Report on vaccination in Madras 1895-1903 - 1895-1903
Year: 1895
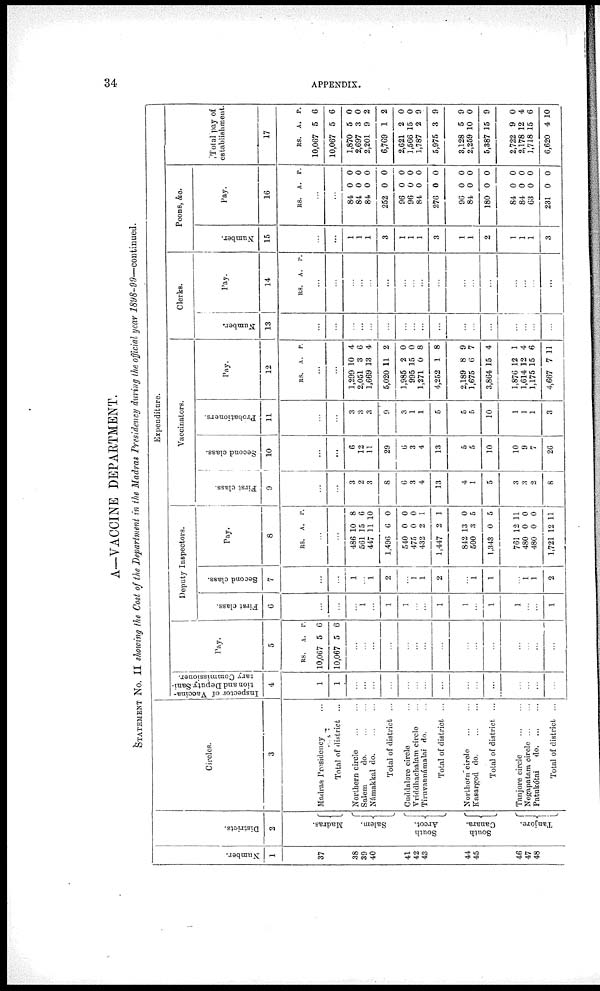
34
APPENDIX.
A—VACCINE DEPARTMENT.
STATEMENT No. II showing the Cost of the Department in the Madras Presidency during the official year 1898-99—continued.
Number.
1
37
38
39
40
41
42
43
44
45
46
47
48
Districts.
2
Madras.
Salem.
South
Arcot.
South
Canara.
Tanjore.
Circles.
3
Madras Presidency ...
Total of district ...
Northern circle
...
...
Salem
do.
...
...
Námakkal
do. ... ...
Total of district ...
Cuddalore circle ...
Widdhachalam circle ...
Tiruvaunámalai do. ...
Total of district ...
Northern circle ... ...
Kasargod do.
...
...
Total of district ...
Tanjore circle
...
...
Negapatam circle ... ...
Patukótai
do. ... ...
Total of district ...
Expenditure.
Inspector of Vaccina-
tion and Deputy Sani-
tary Commissioner.
4
1
1
...
...
...
...
...
...
...
...
...
...
...
...
...
...
...
Pay.
5
RS.
10,067
10,067
A.
5
5
P.
6
6
...
...
...
...
...
...
...
...
...
...
...
...
...
...
...
Deputy Inspectors.
First class.
6
...
...
...
1
...
1
1
...
...
1
1
...
1
1
...
...
1
Second class.
7
...
...
1
...
1
2
...
1
1
2
...
1
1
...
1
1
2
Pay.
8
RS. A. P.
...
...
486
561
447
1,496
540
475
432
1,447
842
500
1,343
761
480
480
1,721
10
15
11
6
0
0
2
2
13
8
0
12
0
0
12
8
6
10
0
0
0
1
1
0
5
5
11
0
0
11
Vaccinators.
First class.
9
...
...
3
2
3
8
6
3
4
13
4
1
5
3
3
2
8
Second class.
10
...
...
6
12
11
29
6
3
4
13
5
5
10
10
9
7
26
Probationers.
11
...
...
3
3
3
9
3
1
1
5
5
5
10
1
1
1
3
Pay.
12
RS. A. P.
...
...
1,299
2,051
1,669
5,020
1,985
995
1,271
4,252
2,189
1,675
3,864
1,876
1,614
1,175
4,667
10
3
13
11
2
15
0
1
8
6
15
12
12
15
7
4
6
4
2
0
0
8
8
9
7
4
1
4
6
11
Clerks.
Number.
13
...
...
...
...
...
...
...
...
...
...
...
...
...
...
...
...
...
Pay.
14
RS. A. P.
...
...
...
...
...
...
...
...
...
...
...
...
...
...
...
...
...
Peons, &c.
Number.
15
...
...
1
1
1
3
1
1
1
3
1
1
2
1
1
1
3
Pay.
16
RS. A. P.
...
...
84
84
84
252
96
96
84
276
96
84
180
84
84
63
231
0
0
0
0
0
0
0
0
0
0
0
0
0
0
0
0
0
0
0
0
0
0
0
0
0
0
0
0
0
0
Total pay of
establishment.
17
RS.
10,067
10,067
1,870
2,697
2,201
6,769
2,621
1,566
1,787
5,975
3,128
2,259
5,387
2,722
2,178
1,718
6,620
A.
5
5
5
3
9
1
2
15
2
3
5
10
15
9
12
15
4
P.
6
6
0
0
2
2
0
0
9
9
9
0
9
0
4
6
10